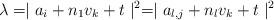
LaTeX: \begin{align*}\lambda=\mid a_{i}+n_{1}v_{k}+t\mid^{2}=\mid a_{l,j}+n_{l}v_{k}+t\mid^{2}\end{align*}